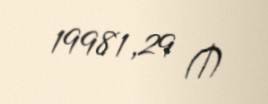
19981,29 ₼